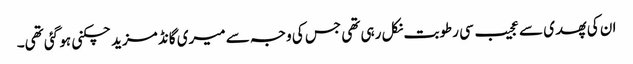
ان کی پھدی سے عجیب سی رطوبت نکل رہی تھی جس کی وجہ سے میری گانڈ مزید چکنی ہو گئی تھی۔